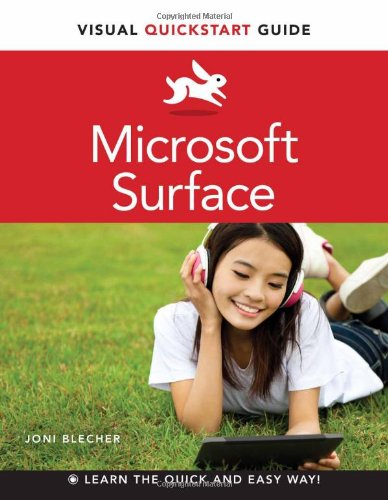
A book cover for Microsoft Surface: Visual QuickStart Guide; Joni Blecher; Computers & Technology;